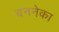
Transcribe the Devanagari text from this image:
बननेका